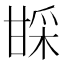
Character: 𬎱